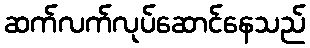
ဆက်လက်လုပ်ဆောင်နေသည်